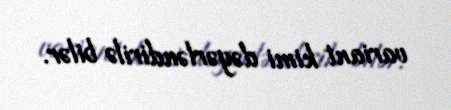
variant kimi dəyərləndirilə bilər.